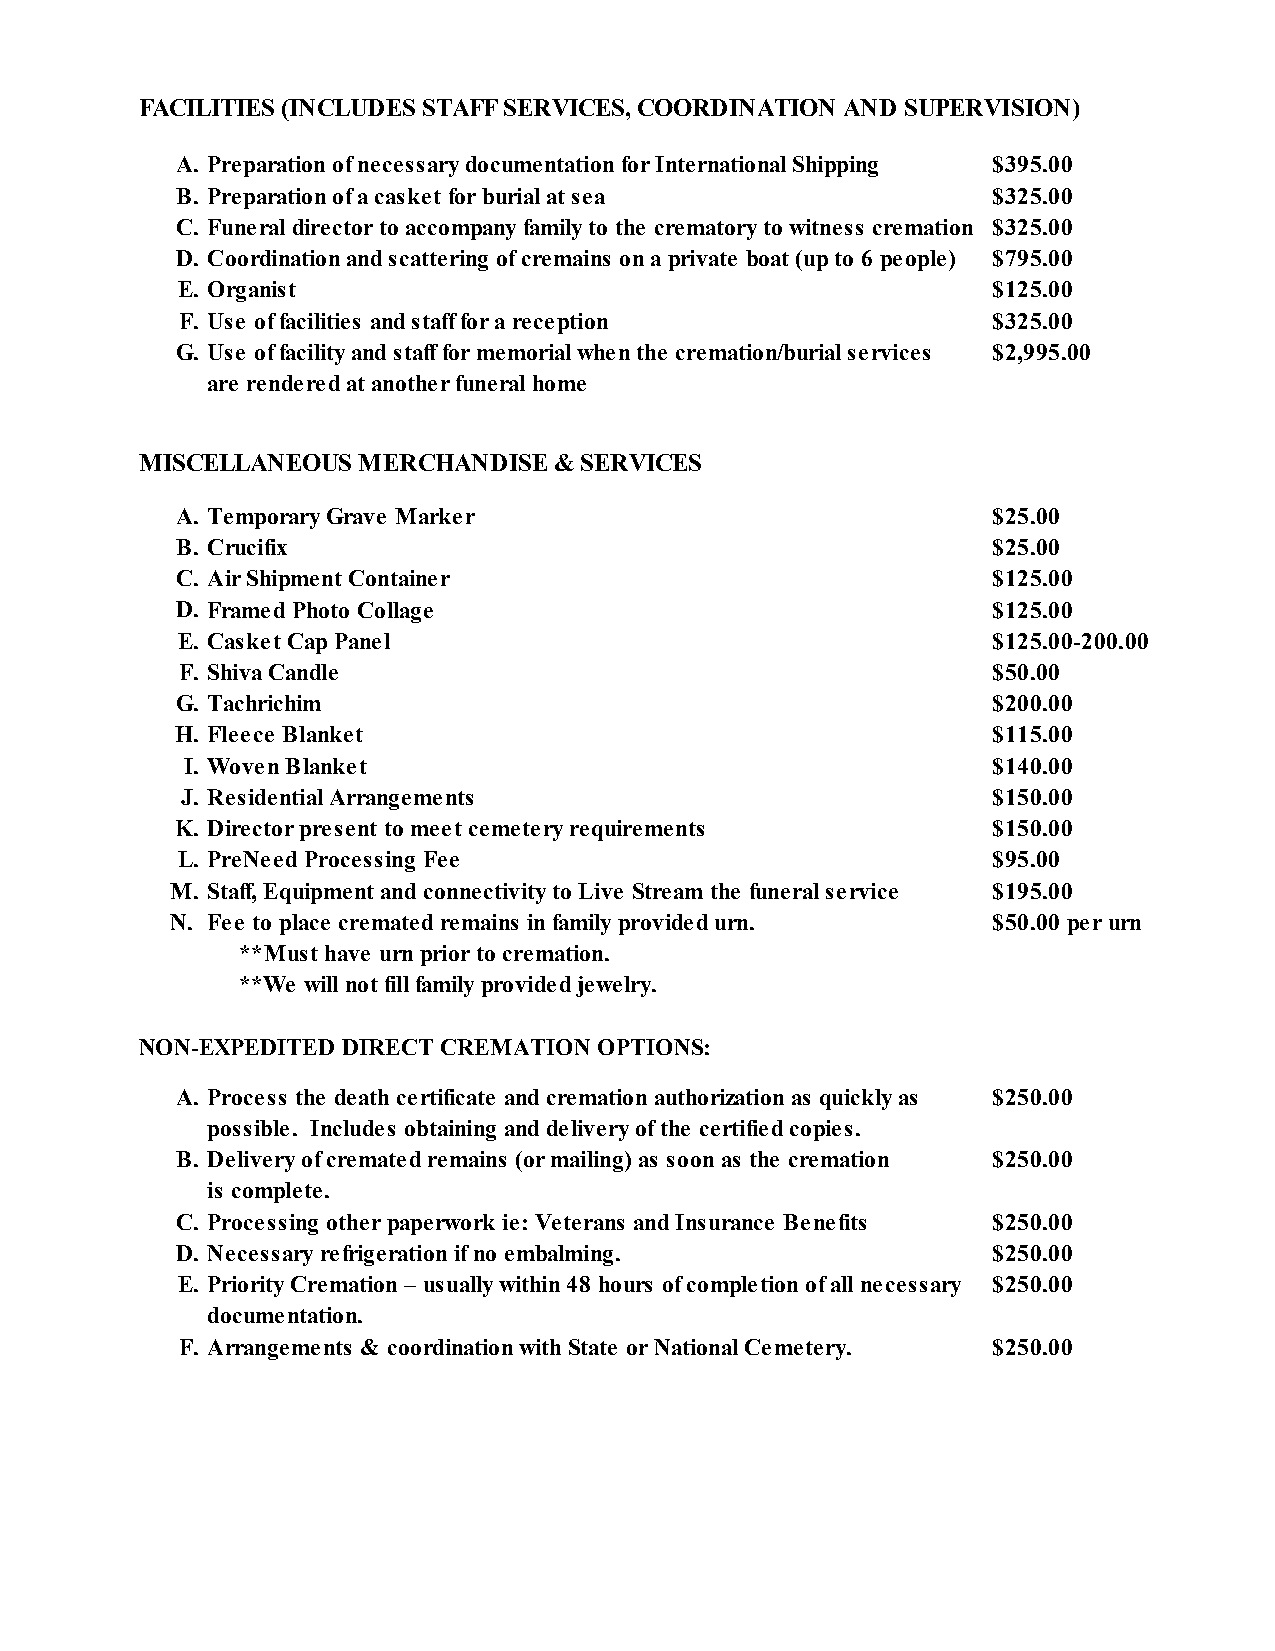
FACILITIES (INCLUDES STAFF SERVICES, COORDINATION AND SUPERVISION)
 A. Preparation of necessary documentation for International Shipping $395.00
 B. Preparation of a casket for burial at sea          $ 3 2 5 . 0 0
 C. Funeral director to accompany family to the crematory to witness cremation $ 3 2 5 . 0 0
 D. Coordination and scattering of cremains on a private boat (up to 6 people) $ 7 9 5.00
 E. Organist                                           $ 1 2 5 . 0 0
 F. Use of facilities and staff for a reception        $ 3 2 5 .00
 G. Use of facility and staff for memorial when the cremation/burial services $ 2 , 9 9 5 . 0 0
 are rendered at another funeral home
 MISCELLANEOUS  MERCHANDISE  & SERVICES
 A. Temporary Grave Marker                             $ 2 5 . 0 0
 B. Crucifix                                           $ 2 5 . 0 0
 C. Air Shipment Container                             $ 1 2 5 . 0 0
 D. Framed Photo Collage                               $ 1 2 5 . 0 0
 E. Casket Cap Panel                                   $ 1 2 5 . 0 0 - 2 0 0 . 0 0
 F. Shiva Candle                                       $ 5 0 . 0 0
 G. Tachrichim                                         $ 2 0 0 . 0 0
 H. Fleece Blanket                                     $ 1 1 5 . 0 0
 I. Woven Blanket                                      $ 1 4 0 . 0 0
 J. Residential Arrangements                           $150.00
 K. Director present to meet cemetery requirements     $150.00
 L. PreNeed Processing Fee                             $95.00
 M. Staff, Equipment and connectivity to Live Stream the funeral service $195.00
 N. Fee to place cremated remains in family provided urn. $50.00 per urn
 **Must have urn prior to cremation.
 **We will not fill family provided jewelry.
 NON-EXPEDITED DIRECT CREMATION OPTIONS:
 A. Process the death certificate and cremation authorization as quickly as $ 2 5 0 . 0 0
 possible. Includes obtaining and delivery of the certified copies.
 B. Delivery of cremated remains (or mailing) as soon as the cremation $ 2 5 0.00
 is complete.
 C. Processing other paperwork ie: Veterans and Insurance Benefits $ 2 5 0 . 00
 D. Necessary refrigeration if no embalming.           $250.00
 E. Priority Cremation – usually within 48 hours of completion of all necessary $ 2 5 0.00
 documentation.
 F. Arrangements & coordination with State or National Cemetery. $250.00